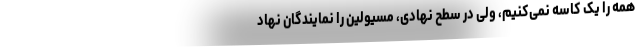
همه را یک کاسه نمی‌کنیم، ولی در سطح نهادی، مسیولین را نمایندگان نهاد